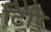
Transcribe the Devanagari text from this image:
टिरि